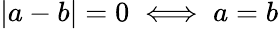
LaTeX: |a-b|=0\iff a=b